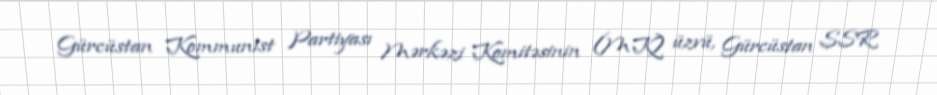
Gürcüstan Kommunist Partiyası Mərkəzi Komitəsinin (MK) üzvü, Gürcüstan SSR